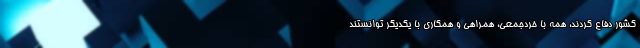
کشور دفاع کردند، همه با خردجمعی، همراهی و همکاری با یکدیگر توانستند